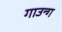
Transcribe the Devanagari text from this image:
गाउन्ग